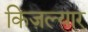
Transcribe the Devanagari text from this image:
किज़ल्यार